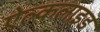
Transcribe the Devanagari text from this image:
ऐल्कलाइड